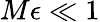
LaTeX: M\epsilon\ll 1